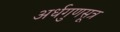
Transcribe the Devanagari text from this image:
अर्धगुणसूत्र